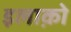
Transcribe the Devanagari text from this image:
इलाक़ो